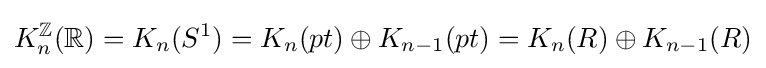
K_{n}^{\mathbb {Z} }(\mathbb {R} )=K_{n}(S^{1})=K_{n}(pt)\oplus K_{n-1}(pt)=K_{n}(R)\oplus K_{n-1}(R)